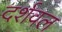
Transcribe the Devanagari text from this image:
दर्शवल